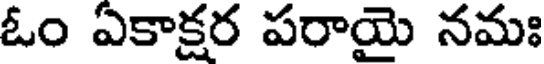
ఓం ఏకాక్షర పరాయై నమః